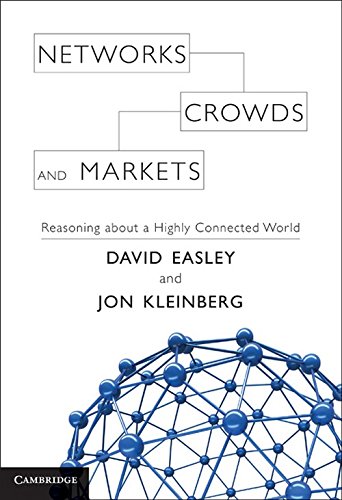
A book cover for Networks, Crowds, and Markets: Reasoning About a Highly Connected World; David Easley; Engineering & Transportation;